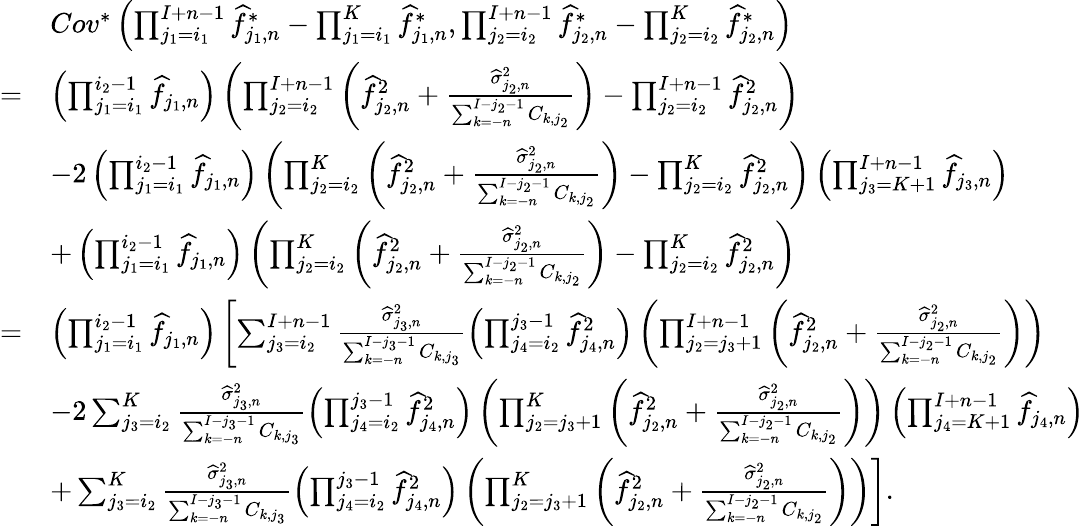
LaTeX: \begin{array}{rl}&{Cov^{*}\left(\prod_{j_{1}=i_{1}}^{I+n-1}\widehat f_{j_{1},n}^{*}-\prod_{j_{1}=i_{1}}^{K}\widehat f_{j_{1},n}^{*},\prod_{j_{2}=i_{2}}^{I+n-1}\widehat f_{j_{2},n}^{*}-\prod_{j_{2}=i_{2}}^{K}\widehat f_{j_{2},n}^{*}\right)}\\ {=}&{\left(\prod_{j_{1}=i_{1}}^{i_{2}-1}\widehat f_{j_{1},n}\right)\left(\prod_{j_{2}=i_{2}}^{I+n-1}\left(\widehat f_{j_{2},n}^{2}+\frac{\widehat\sigma_{j_{2},n}^{2}}{\sum_{k=-n}^{I-{j_{2}}-1}C_{k,j_{2}}}\right)-\prod_{j_{2}=i_{2}}^{I+n-1}\widehat f_{j_{2},n}^{2}\right)}\\ &{-2\left(\prod_{j_{1}=i_{1}}^{i_{2}-1}\widehat f_{j_{1},n}\right)\left(\prod_{j_{2}=i_{2}}^{K}\left(\widehat f_{j_{2},n}^{2}+\frac{\widehat\sigma_{j_{2},n}^{2}}{\sum_{k=-n}^{I-{j_{2}}-1}C_{k,j_{2}}}\right)-\prod_{j_{2}=i_{2}}^{K}\widehat f_{j_{2},n}^{2}\right)\left(\prod_{j_{3}=K+1}^{I+n-1}\widehat f_{j_{3},n}\right)}\\ &{+\left(\prod_{j_{1}=i_{1}}^{i_{2}-1}\widehat f_{j_{1},n}\right)\left(\prod_{j_{2}=i_{2}}^{K}\left(\widehat f_{j_{2},n}^{2}+\frac{\widehat\sigma_{j_{2},n}^{2}}{\sum_{k=-n}^{I-{j_{2}}-1}C_{k,j_{2}}}\right)-\prod_{j_{2}=i_{2}}^{K}\widehat f_{j_{2},n}^{2}\right)}\\ {=}&{\left(\prod_{j_{1}=i_{1}}^{i_{2}-1}\widehat f_{j_{1},n}\right)\left[\sum_{j_{3}=i_{2}}^{I+n-1}\frac{\widehat\sigma_{j_{3},n}^{2}}{\sum_{k=-n}^{I-{j_{3}}-1}C_{k,j_{3}}}\left(\prod_{j_{4}=i_{2}}^{j_{3}-1}\widehat{f}_{j_{4},n}^{2}\right)\left(\prod_{j_{2}=j_{3}+1}^{I+n-1}\left(\widehat f_{j_{2},n}^{2}+\frac{\widehat\sigma_{j_{2},n}^{2}}{\sum_{k=-n}^{I-{j_{2}}-1}C_{k,j_{2}}}\right)\right)\right.}\\ &{-2\left.\sum_{j_{3}=i_{2}}^{K}\frac{\widehat\sigma_{j_{3},n}^{2}}{\sum_{k=-n}^{I-{j_{3}}-1}C_{k,j_{3}}}\left(\prod_{j_{4}=i_{2}}^{j_{3}-1}\widehat{f}_{j_{4},n}^{2}\right)\left(\prod_{j_{2}=j_{3}+1}^{K}\left(\widehat f_{j_{2},n}^{2}+\frac{\widehat\sigma_{j_{2},n}^{2}}{\sum_{k=-n}^{I-{j_{2}}-1}C_{k,j_{2}}}\right)\right)\left(\prod_{j_{4}=K+1}^{I+n-1}\widehat{f}_{j_{4},n}\right)\right.}\\ &{+\left.\sum_{j_{3}=i_{2}}^{K}\frac{\widehat\sigma_{j_{3},n}^{2}}{\sum_{k=-n}^{I-{j_{3}}-1}C_{k,j_{3}}}\left(\prod_{j_{4}=i_{2}}^{j_{3}-1}\widehat{f}_{j_{4},n}^{2}\right)\left(\prod_{j_{2}=j_{3}+1}^{K}\left(\widehat f_{j_{2},n}^{2}+\frac{\widehat\sigma_{j_{2},n}^{2}}{\sum_{k=-n}^{I-{j_{2}}-1}C_{k,j_{2}}}\right)\right)\right].}\end{array}